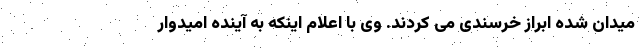
میدان شده ابراز خرسندی می کردند. وی با اعلام اینکه به آینده امیدوار